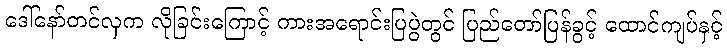
ဒေါ်နော်တင်လှက လိုခြင်းကြောင့် ကားအရောင်းပြပွဲတွင် ပြည်တော်ပြန်ခွင့် ထောင်ကျပ်နှင့်